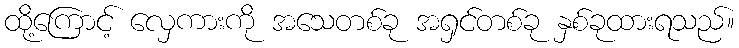
ထို့ကြောင့် လှေကားကို အသေတစ်ခု အရှင်တစ်ခု နှစ်ခုထားရသည်။